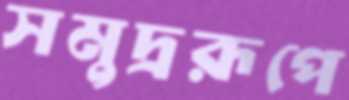
সমুদ্ররূপে